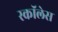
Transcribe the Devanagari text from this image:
स्कॉलेस